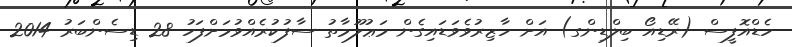
ހެޑްއޮފީސް (ރޭޑިއޯ ބިލްޑިންގ) އަށް ހާޒިރުވެވަޑައިގެން މަޢުލޫމާތު ސާފުކުރެއްވުމަށްފަހު 28 ޑިސެންބަރު 2014